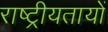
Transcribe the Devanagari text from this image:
राष्ट्रीयतायों